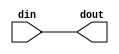
/////////////////////////////////////////
//  Functionality: feedthrough path
////////////////////////////////////////
// `timescale 1ns / 1ps


module ft( din, dout);

  input din;
  output dout;

  assign dout = din ;
   
endmodule